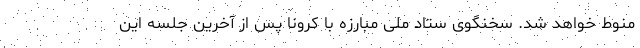
منوط خواهد شد. سخنگوی ستاد ملی مبارزه با کرونا پس از آخرین جلسه این